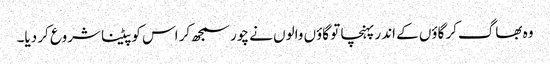
وہ بھاگ‌کر گاؤں کے اندر پہنچا تو گاؤں والوں نے چور سمجھ‌کر اس کو پیٹنا شروع کر دیا۔